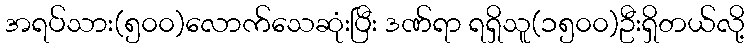
အရပ်သား(၅၀၀)လောက်သေဆုံးပြီး ဒဏ်ရာ ရရှိသူ(၁၅၀၀)ဦးရှိတယ်လို့